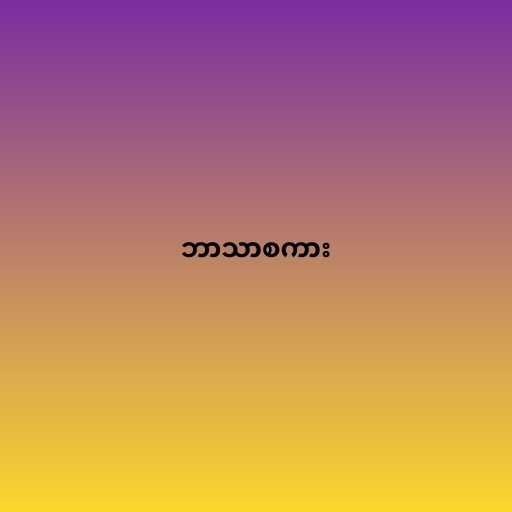
ဘာသာစကား